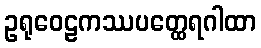
ဥရုဝေဠကဿပတ္ထေရဂါထာ